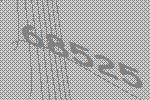
68525